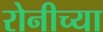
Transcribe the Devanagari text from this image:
रोनीच्या